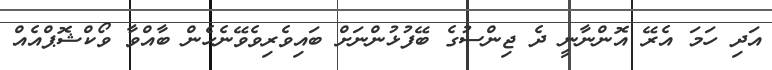
އަދި ހަމަ އެރޭ އޮންނާނީ ދެ ޖިންސުގެ ބޭފުޅުންނަށް ބައިވެރިވެވޭނެހެން ބާއްވާ ވޯކްޝޮޕްއެއް